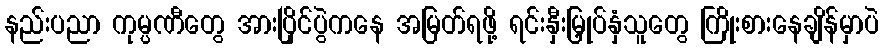
နည်းပညာ ကုမ္ပဏီတွေ အားပြိုင်ပွဲကနေ အမြတ်ရဖို့ ရင်းနှီးမြှုပ်နှံသူတွေ ကြိုးစားနေချိန်မှာပဲ